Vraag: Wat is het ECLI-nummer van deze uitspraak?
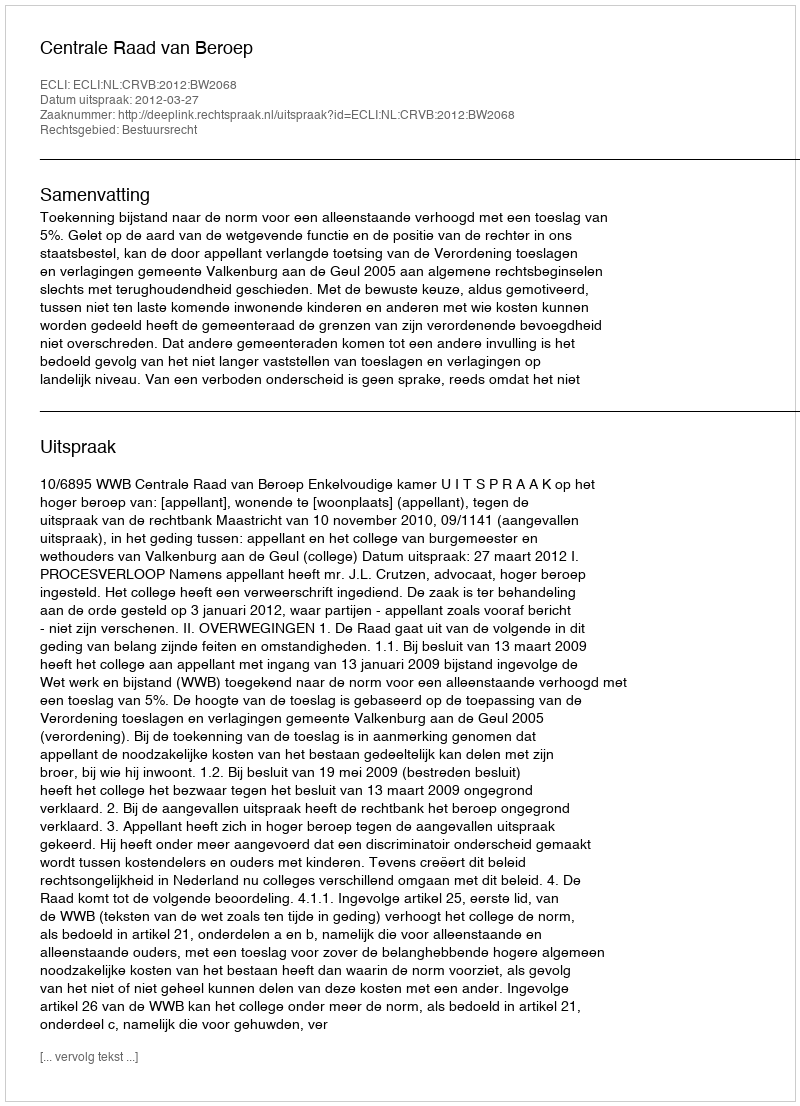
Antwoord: ECLI:NL:CRVB:2012:BW2068